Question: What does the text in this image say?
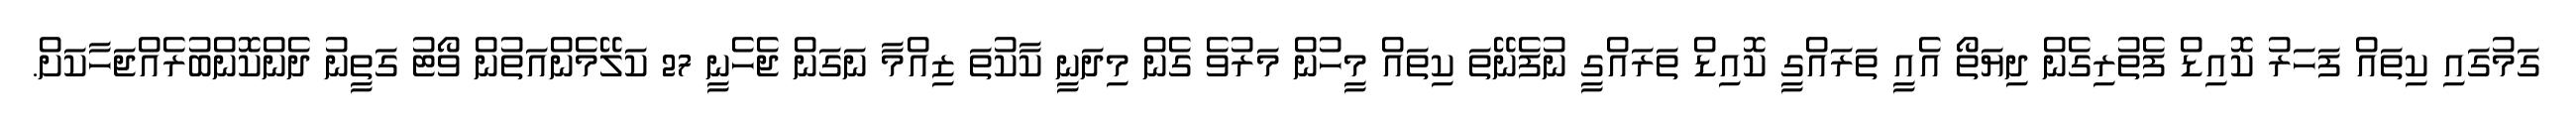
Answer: ގަމުގައި ކިތައް ފަހަރު ކޮއިޑް ފެތުރިގެން ދިޔަތޯ އެއީ ތަރައްގީ ކޮއިޑް ތަރައްގީ ނުފެނޭތަ ކިތައް މީހުން މަރުވެ ގެން މިދަނީ ކާކުތަ ޒިއްމާ ނަގަން ޖެހެނީ 27 ކަލޭމެންއަތުން ވޯޓު ގަތީނު ދެންކޮންބުރެއްޖަހާކަށް.